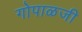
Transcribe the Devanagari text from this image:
गोपाळजी